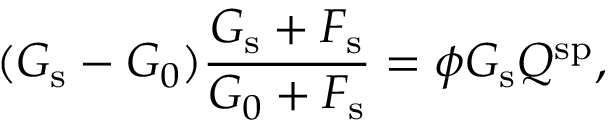
( G _ { \mathrm { s } } - G _ { 0 } ) \frac { G _ { \mathrm { s } } + F _ { \mathrm { s } } } { G _ { 0 } + F _ { \mathrm { s } } } = \phi G _ { \mathrm { s } } Q ^ { \mathrm { s p } } ,